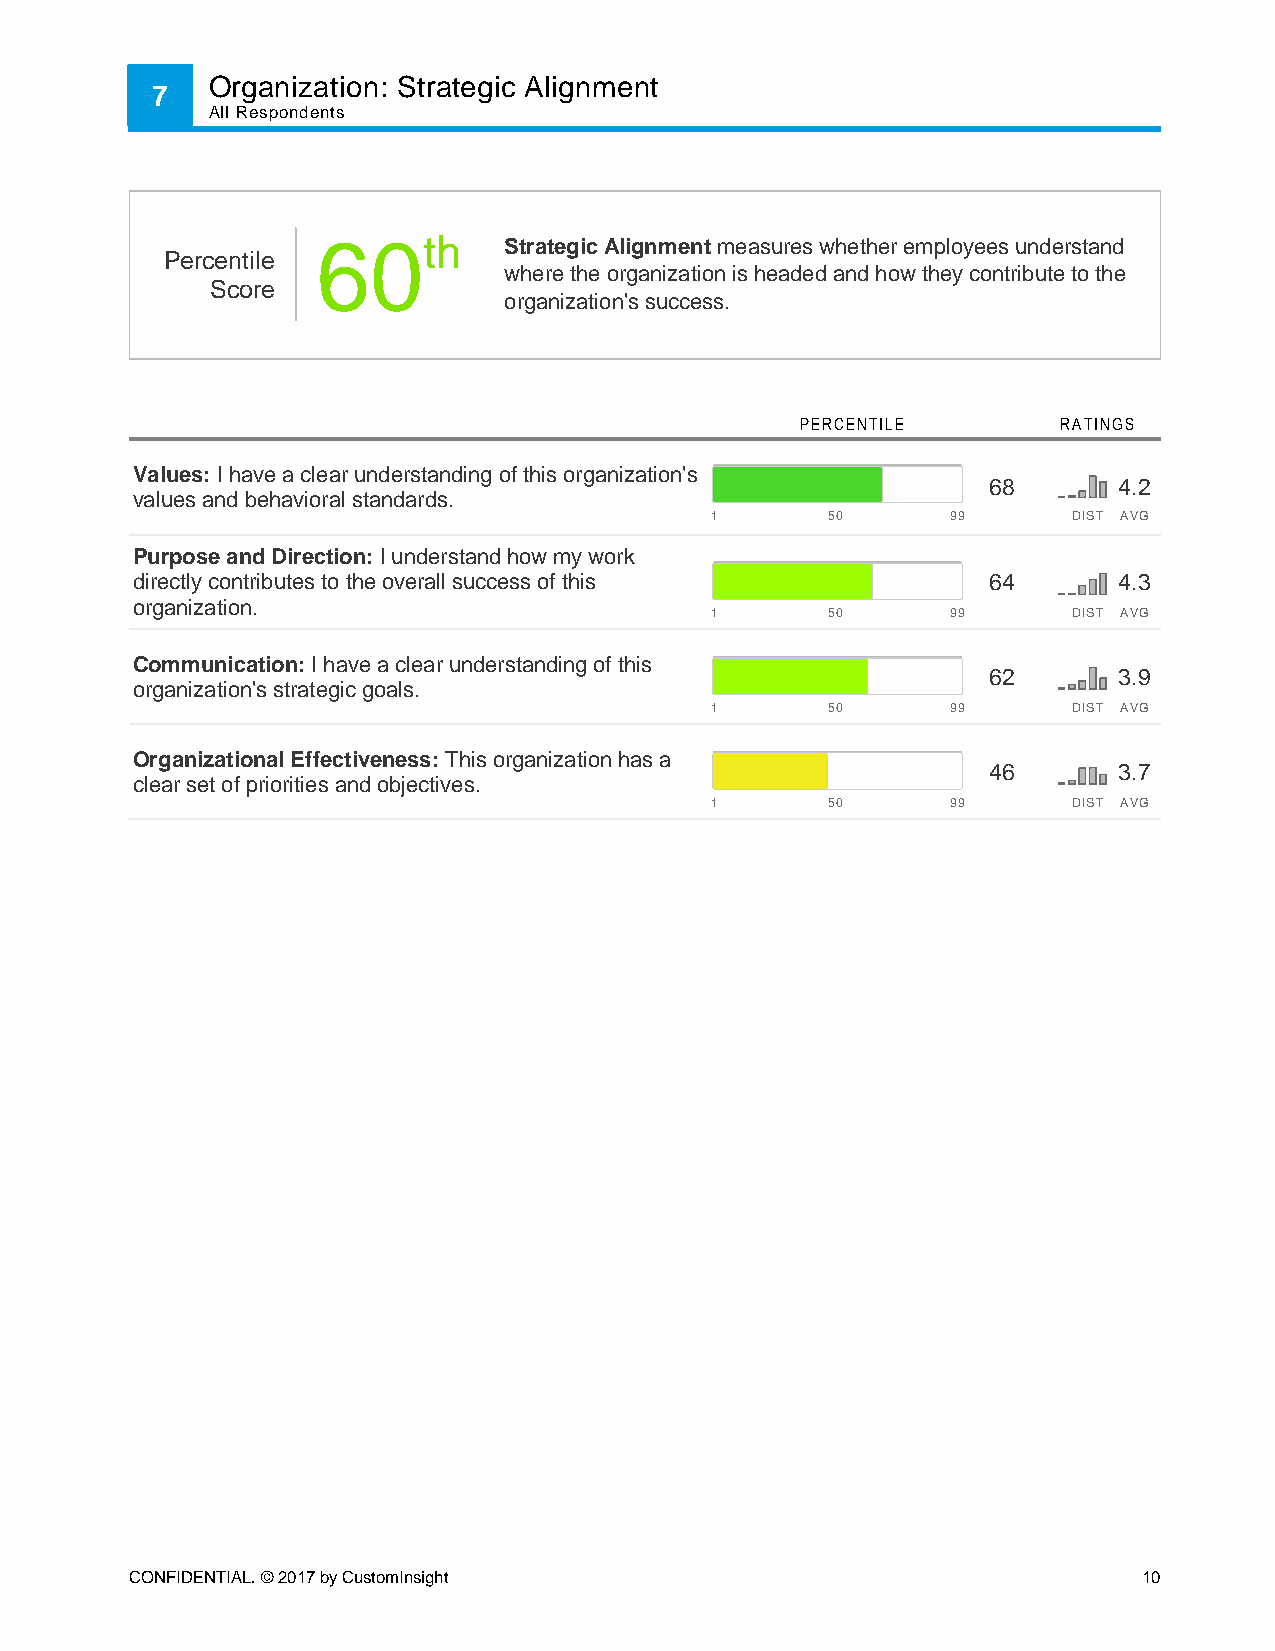
Organization: Strategic Alignment
 7
 All Respondents
 60th        Strategic Alignment measures whether employees understand
 Percentile
 where the organization is headed and how they contribute to the
 Score
 organization's success.
 PERCENTILE       RATINGS
 Values: I have a clear understanding of this organization's
 68       4.2
 values and behavioral standards.
 1       50      99      DIST AVG
 Purpose and Direction: I understand how my work
 directly contributes to the overall success of this     64       4.3
 organization.
 1       50      99      DIST AVG
 Communication: I have a clear understanding of this
 62       3.9
 organization's strategic goals.
 1       50      99      DIST AVG
 Organizational Effectiveness: This organization has a
 46       3.7
 clear set of priorities and objectives.
 1       50      99      DIST AVG
 CONFIDENTIAL. © 2017 by CustomInsight                              10